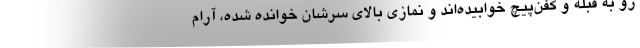
رو به قبله و كفن‌پيچ خوابيده‌اند و نمازي بالاي سرشان خوانده شده، آرام